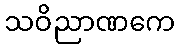
သဝိညာဏကေ